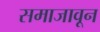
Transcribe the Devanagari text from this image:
समाजावून